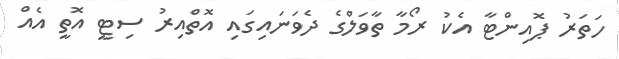
ހަތަރު ޕޮއިންޓާ އެކު ރޯމާ ތާވަލްގެ ދެވަނައިގައި އޮތްއިރު ސިޓީ އޮތީ އެއް